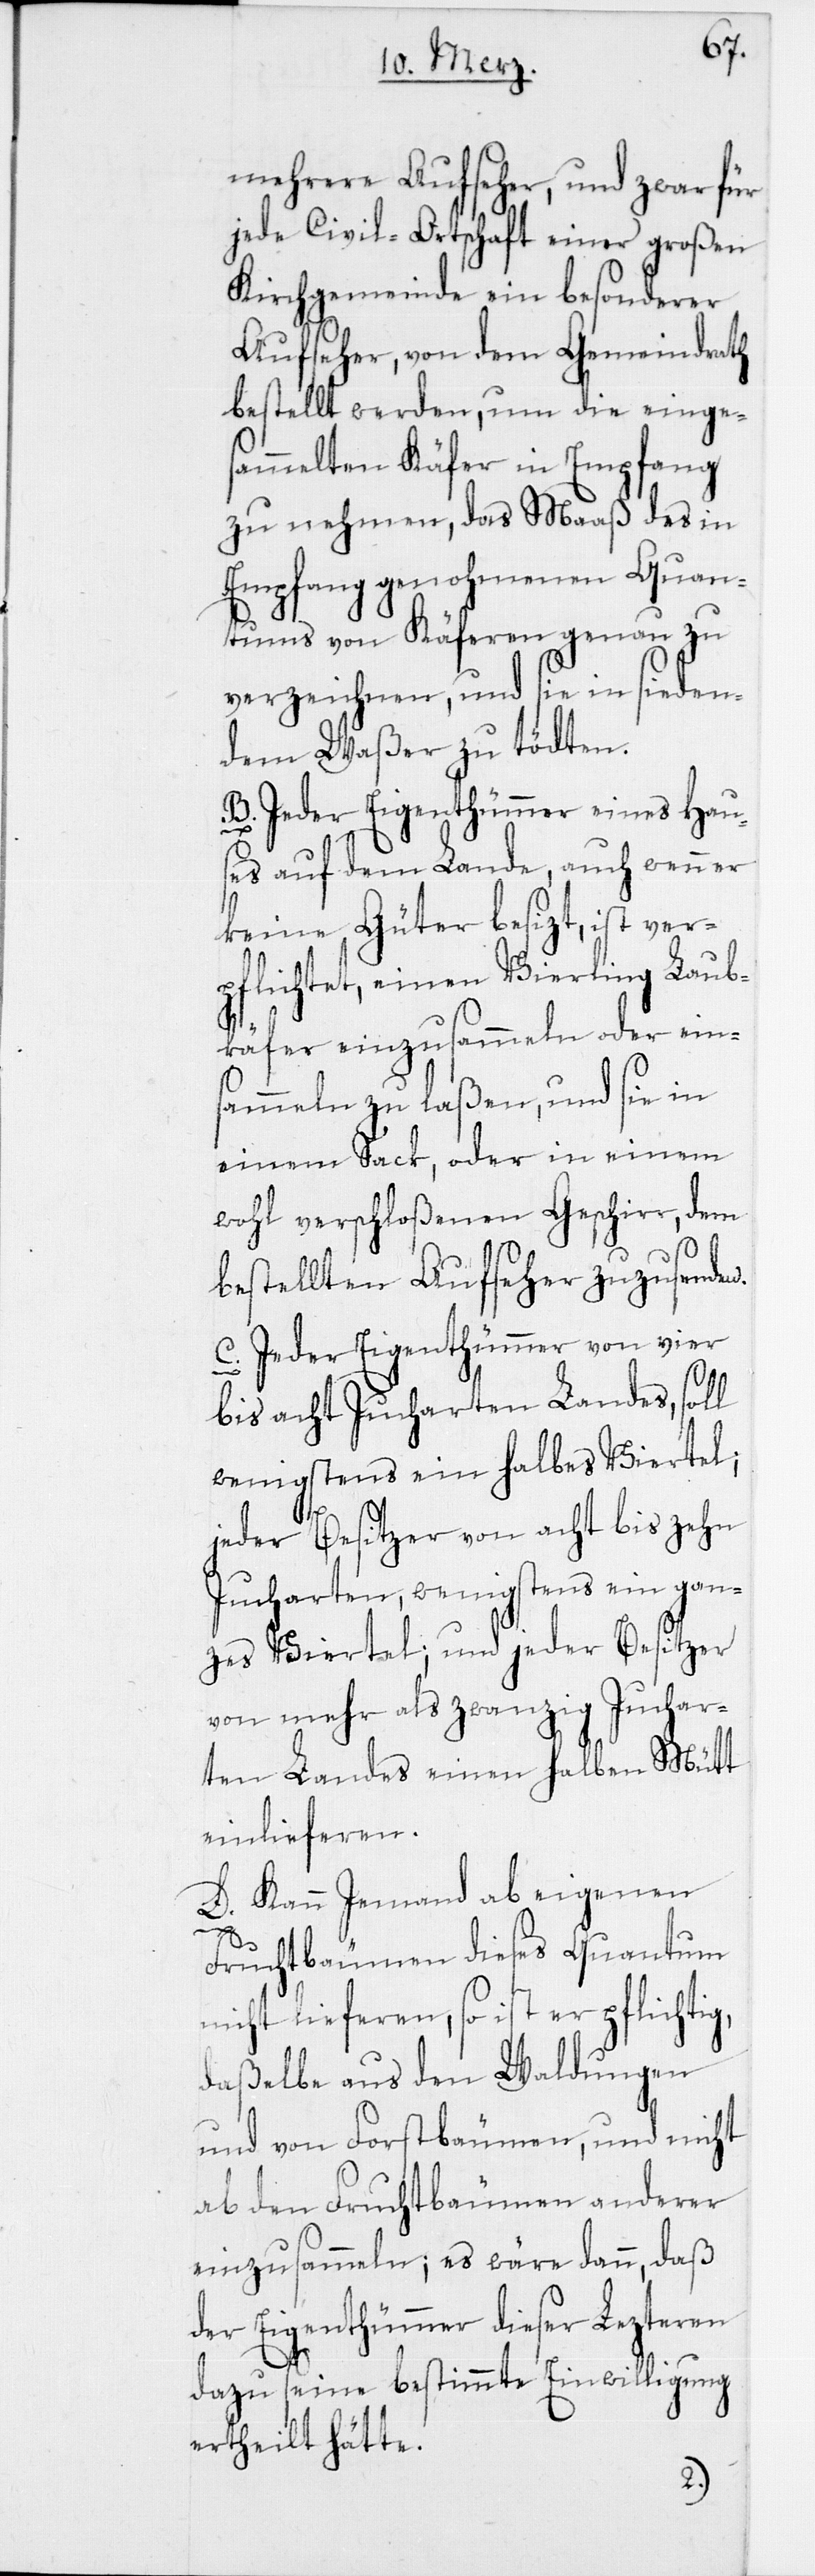
mehrere Aufseher, und zwar für
jede Civil-Ortschaft einer großen
Kirchgemeinde ein besonderer
Aufseher, von dem Gemeindrath
bestellt werden, um die einge¬
sammelten Käfer in Empfang
zu nehmen, das Maaß des in
Empfang genohmenen Quan¬
tums von Käferen genau zu
verzeichnen, und sie in sieden¬
dem Waßer zu tödten.
B. Jeder Eigenthümmer eines Hau¬
ses auf dem Lande, auch wenn er
keine Güter besizt, ist ver¬
pflichtet, einen Vierling Laub¬
käfer einzusammeln oder eins¬
ammeln zu laßen, und sie in
einem Sack, oder in einem
wohl verschloßenen Geschirr, dem
bestellten Aufseher zuzusenden.
C. Jeder Eigenthümmer von vier
bis acht Jucharten Landes soll
wenigstens ein halbes Viertel;
jeder Besitzer von acht bis zehn
Jucharten wenigstens ein gan¬
zes Viertel; und jeder Besitzer
von mehr als zwanzig Juchar¬
ten Landes einen halben Mütt
einlieferen.
D. Kann Jemand ab eigenen
Fruchtbäumen dieses Quantum
nicht lieferen, so ist er pflichtig,
daßelbe aus den Waldungen
und von Forstbäumen, und nicht
ab den Fruchtbäumen anderer
einzusammeln; es wäre dann, daß
der Eigenthümmer dieser Lezteren
dazu seine bestimmte Einwilligung
ertheilt hätte.